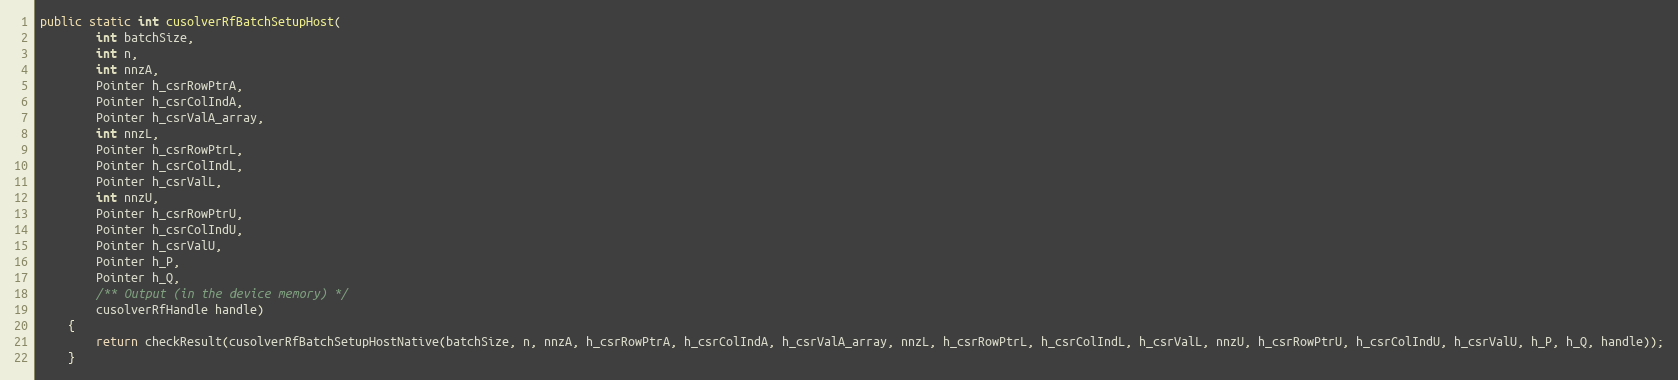
Language: Java
public static int cusolverRfBatchSetupHost(
        int batchSize,
        int n,
        int nnzA,
        Pointer h_csrRowPtrA,
        Pointer h_csrColIndA,
        Pointer h_csrValA_array,
        int nnzL,
        Pointer h_csrRowPtrL,
        Pointer h_csrColIndL,
        Pointer h_csrValL,
        int nnzU,
        Pointer h_csrRowPtrU,
        Pointer h_csrColIndU,
        Pointer h_csrValU,
        Pointer h_P,
        Pointer h_Q,
        /** Output (in the device memory) */
        cusolverRfHandle handle)
    {
        return checkResult(cusolverRfBatchSetupHostNative(batchSize, n, nnzA, h_csrRowPtrA, h_csrColIndA, h_csrValA_array, nnzL, h_csrRowPtrL, h_csrColIndL, h_csrValL, nnzU, h_csrRowPtrU, h_csrColIndU, h_csrValU, h_P, h_Q, handle));
    }